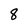
Character: 8